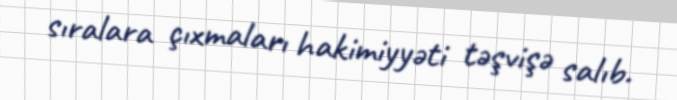
sıralara çıxmaları hakimiyyəti təşvişə salıb.